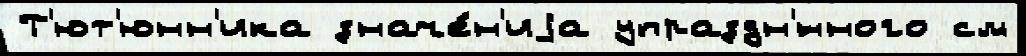
Т'ют'юнн'ика значе́н'иjа упраздн'́нного см